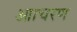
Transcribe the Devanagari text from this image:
आाचरण